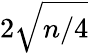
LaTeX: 2{\sqrt{n/4}}